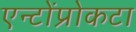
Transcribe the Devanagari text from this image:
एन्टोंप्रोकटा